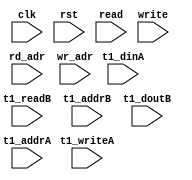
module ip_top_sva_2_nror1w_dup_ramwrap
  #(
parameter WIDTH = 8,
parameter NUMRDPT = 4,
parameter NUMADDR = 8192,
parameter BITADDR = 13,
parameter NUMVROW = 1024,
parameter BITVROW = 10,
parameter NUMVBNK = 8,
parameter BITVBNK = 3)
(
  input clk,
  input rst,
  input [NUMRDPT-1:0] read,
  input [NUMRDPT*BITADDR-1:0] rd_adr,
  input write,
  input [BITADDR-1:0]  wr_adr,
  input [NUMRDPT*NUMVBNK-1:0] t1_readB,
  input [NUMRDPT*NUMVBNK*BITVROW-1:0] t1_addrB,
  input [NUMRDPT*NUMVBNK*WIDTH-1:0]    t1_doutB,
  input [NUMRDPT*NUMVBNK-1:0] t1_writeA,
  input [NUMRDPT*NUMVBNK*BITVROW-1:0] t1_addrA,
  input [NUMRDPT*NUMVBNK*WIDTH-1:0] t1_dinA
);
`ifdef FORMAL
//synopsys translate_off

assert_rd_wr_check: assume property (@(posedge clk) disable iff (rst) !(write && |read));
//assert_wr_range_check: assume property (@(posedge clk) disable iff (!ready) write |-> (wr_adr < NUMADDR));
genvar rd_int;
generate for (rd_int=0; rd_int<NUMRDPT; rd_int=rd_int+1) begin: rd_loop
  wire read_wire = read >> rd_int;
  wire [BITADDR-1:0] rd_adr_wire = rd_adr >> (rd_int*BITADDR);

//  assert_rd_range_check: assume property (@(posedge clk) disable iff (!ready) read_wire |-> (rd_adr_wire < NUMADDR));
end
endgenerate

genvar t1_vbnk_int, t1_prpt_int;
generate for (t1_vbnk_int=0; t1_vbnk_int<NUMVBNK; t1_vbnk_int=t1_vbnk_int+1) begin: t1_vbnk_loop
  for (t1_prpt_int=0; t1_prpt_int<NUMRDPT; t1_prpt_int=t1_prpt_int+1) begin: t1_prpt_loop
    wire t1_readB_wire = t1_readB >> (NUMRDPT*t1_vbnk_int+t1_prpt_int);
    wire t1_writeA_wire = t1_writeA >> (NUMRDPT*t1_vbnk_int+t1_prpt_int);
    wire [BITVROW-1:0] t1_addrA_wire = t1_addrA >> ((NUMRDPT*t1_vbnk_int+t1_prpt_int)*BITVROW);
    wire [WIDTH-1:0] t1_dinA_wire = t1_dinA >> ((NUMRDPT*t1_vbnk_int+t1_prpt_int)*WIDTH);
    wire [BITVROW-1:0] t1_addrB_wire = t1_addrB >> ((NUMRDPT*t1_vbnk_int+t1_prpt_int)*BITVROW);
    wire [WIDTH-1:0] t1_doutB_wire = t1_doutB >> ((NUMRDPT*t1_vbnk_int+t1_prpt_int)*WIDTH);

    wire t1_writeA_0_wire = t1_writeA >> (NUMRDPT*t1_vbnk_int);
    wire [BITVROW-1:0] t1_addrA_0_wire = t1_addrA >> (NUMRDPT*t1_vbnk_int*BITVROW);
    wire [WIDTH-1:0] t1_dinA_0_wire = t1_dinA >> (NUMRDPT*t1_vbnk_int*WIDTH);

    assert_t1_1port_check: assert property (@(posedge clk) disable iff (rst) !(t1_readB_wire && t1_writeA_wire));
//    assert_t1_rw_range_check: assert property (@(posedge clk) disable iff (rst) (t1_readA_wire || t1_writeA_wire) |-> (t1_addrA_wire < NUMVROW));
    assert_t1_wr_range_check: assert property (@(posedge clk) disable iff (rst) t1_writeA_wire |-> (t1_addrA_wire < NUMVROW));
  end
end
endgenerate
//synopsys translate_on
`endif
endmodule


module ip_top_sva_nror1w_dup_ramwrap
  #(
parameter WIDTH = 32,
parameter BITWDTH = 5,
parameter ENAPAR = 0,
parameter ENAECC = 0,
parameter NUMRDPT = 2,
parameter NUMADDR = 8192,
parameter BITADDR = 13,
parameter NUMVBNK = 8,
parameter BITVBNK = 3,
parameter NUMVROW = 8,
parameter BITVROW = 3,
parameter BITPADR = 13,
parameter SRAM_DELAY = 2,
parameter FLOPIN = 0,
parameter FLOPWTH = 0,
parameter FLOPOUT = 0)
(
  input clk,
  input rst,
  input [NUMRDPT*NUMVBNK-1:0] t1_readB,
  input [NUMRDPT*NUMVBNK*BITVROW-1:0] t1_addrB,
  input [NUMRDPT*NUMVBNK*WIDTH-1:0]    t1_doutB,
  input [NUMRDPT*NUMVBNK-1:0] t1_writeA,
  input [NUMRDPT*NUMVBNK*BITVROW-1:0] t1_addrA,
  input [NUMRDPT*NUMVBNK*WIDTH-1:0] t1_dinA,
  input [NUMRDPT*NUMVBNK*WIDTH-1:0] t1_bwA,
  input write,
  input [BITADDR-1:0]  wr_adr,
  input [WIDTH-1:0] din,
  input [WIDTH-1:0] bw,
  input [NUMRDPT*BITADDR-1:0] rd_adr,
  input [NUMRDPT-1:0] read,
  input [NUMRDPT-1:0] rd_vld,
  input [NUMRDPT*WIDTH-1:0] rd_dout,
  input [FLOPWTH-1:0] flopout_en,
  input [BITADDR-1:0] select_addr,
  input [BITWDTH-1:0] select_bit
);
  parameter LBITVBK = BITVBNK>0 ? BITVBNK : 1;
`ifdef FORMAL
//synopsys translate_off

wire [LBITVBK-1:0] select_bank;
wire [BITVROW-1:0] select_vrow;
np2_addr_ramwrap #(
  .NUMADDR (NUMADDR), .BITADDR (BITADDR),
  .NUMVBNK (NUMVBNK), .BITVBNK (BITVBNK),
  .NUMVROW (NUMVROW), .BITVROW (BITVROW))
  sel_adr (.vbadr(select_bank), .vradr(select_vrow), .vaddr(select_addr));

reg t1_readB_wire [0:NUMRDPT-1][0:NUMVBNK-1];
reg [BITVROW-1:0] t1_addrB_wire [0:NUMRDPT-1][0:NUMVBNK-1];
reg [WIDTH-1:0] t1_doutB_wire [0:NUMVBNK-1];
reg t1_writeA_wire [0:NUMVBNK-1];
reg [BITVROW-1:0] t1_addrA_wire [0:NUMRDPT-1][0:NUMVBNK-1];
reg [WIDTH-1:0] t1_dinA_wire [0:NUMVBNK-1];
reg [WIDTH-1:0] t1_bwA_wire [0:NUMVBNK-1];
integer t1_prpt_int, t1_vbnk_int;
always_comb
  for (t1_vbnk_int=0; t1_vbnk_int<NUMVBNK; t1_vbnk_int=t1_vbnk_int+1) begin
    for (t1_prpt_int=0; t1_prpt_int<NUMRDPT; t1_prpt_int=t1_prpt_int+1) begin
      t1_readB_wire[t1_prpt_int][t1_vbnk_int] = t1_readB >> (NUMRDPT*t1_vbnk_int+t1_prpt_int);
      t1_addrB_wire[t1_prpt_int][t1_vbnk_int] = t1_addrB >> ((NUMRDPT*t1_vbnk_int+t1_prpt_int)*BITVROW);
      t1_addrA_wire[t1_prpt_int][t1_vbnk_int] = t1_addrA >> ((NUMRDPT*t1_vbnk_int+t1_prpt_int)*BITVROW);
    end
    t1_writeA_wire[t1_vbnk_int] = t1_writeA >> (NUMRDPT*t1_vbnk_int);
    t1_dinA_wire[t1_vbnk_int] = t1_dinA >> (NUMRDPT*t1_vbnk_int*WIDTH);
    t1_bwA_wire[t1_vbnk_int] = t1_bwA >> (NUMRDPT*t1_vbnk_int*WIDTH);
  end

reg read_wire [0:NUMRDPT-1];
reg [BITADDR-1:0] rd_adr_wire [0:NUMRDPT-1];
reg [BITVBNK-1:0] rd_bnk_wire [0:NUMRDPT-1];
reg [BITVBNK-1:0] rd_row_wire [0:NUMRDPT-1];
reg rd_vld_wire [0:NUMRDPT-1];
reg [WIDTH-1:0] rd_dout_wire [0:NUMRDPT-1];
integer rd_int;
always_comb
  for (rd_int=0; rd_int<NUMRDPT; rd_int=rd_int+1) begin
    read_wire[rd_int] = read >> rd_int;
    rd_adr_wire[rd_int] = rd_adr >> (rd_int*BITADDR);
    rd_bnk_wire[rd_int] = rd_adr >> ((rd_int*BITADDR)+BITVROW);
    rd_row_wire[rd_int] = rd_adr >> (rd_int*BITADDR);
    rd_vld_wire[rd_int] = rd_vld >> rd_int;
    rd_dout_wire[rd_int] = rd_dout >> (rd_int*WIDTH);
  end

reg meminv;
reg mem;
always @(posedge clk)
  if (rst)
    meminv <= 1'b1;
  else if (t1_writeA_wire[select_bank] && t1_bwA_wire[select_bank][select_bit] && (t1_addrA_wire[0][select_bank] == select_vrow)) begin
    meminv <= 1'b0;
    mem <= t1_dinA_wire[select_bank][select_bit];
  end
      
genvar memr_int, memb_int;
generate for (memr_int=0; memr_int<NUMRDPT; memr_int=memr_int+1) begin: memr_loop
  if(SRAM_DELAY>0) begin : d_loop
  assert_pdout_check: assert property (@(posedge clk) disable iff (rst)
				       (t1_readB_wire[memr_int][select_bank] && (t1_addrB_wire[memr_int][select_bank] == select_vrow)) |-> ##SRAM_DELAY
                                       ($past(meminv,SRAM_DELAY) || 
                                        (t1_doutB[(select_bank*NUMRDPT+memr_int)*WIDTH+select_bit] == $past(mem,SRAM_DELAY))));
  end else begin : nd_loop
  assert_pdout_check: assert property (@(posedge clk) disable iff (rst)
				       (t1_readB_wire[memr_int][select_bank] && (t1_addrB_wire[memr_int][select_bank] == select_vrow)) |-> ##SRAM_DELAY
                                       (meminv || 
                                        (t1_doutB[(select_bank*NUMRDPT+memr_int)*WIDTH+select_bit] == mem)));
  end
end
endgenerate

reg fakememinv;
reg fakemem;
always @(posedge clk)
  if (rst) 
    fakememinv <= 1'b1;
  else if (write && bw[select_bit] && (wr_adr == select_addr)) begin
    fakememinv <= 1'b0;
    fakemem <= din[select_bit];
  end

generate if (FLOPIN) begin: fake_flp_loop
  assert_fakemem_check: assert property (@(posedge clk) disable iff (rst) 1'b1 |-> ##1
                                         ($past(fakememinv) || ($past(fakemem) == mem)));
end else begin: fake_noflp_loop
  assert_fakemem_check: assert property (@(posedge clk) disable iff (rst)
                                         (fakememinv || (fakemem == mem)));
end
endgenerate

genvar doutr_int;
generate for (doutr_int=0; doutr_int<NUMRDPT; doutr_int=doutr_int+1) begin: doutr_loop
  if(FLOPIN+SRAM_DELAY+FLOPOUT>0) begin : dly_loop
  assert_dout_check: assert property (@(posedge clk) disable iff (rst) (read_wire[doutr_int] && (rd_adr_wire[doutr_int] == select_addr)) |-> ##(FLOPIN+SRAM_DELAY+FLOPOUT)
                                      ($past(fakememinv,FLOPIN+SRAM_DELAY+FLOPOUT) || (rd_vld_wire[doutr_int] && 
                                                                  (rd_dout_wire[doutr_int][select_bit] == $past(fakemem,FLOPIN+SRAM_DELAY+FLOPOUT)))));
  end else begin : ndly_loop
  assert_dout_check: assert property (@(posedge clk) disable iff (rst) (read_wire[doutr_int] && (rd_adr_wire[doutr_int] == select_addr)) |-> ##(FLOPIN+SRAM_DELAY+FLOPOUT)
                                      (fakememinv || (rd_vld_wire[doutr_int] &&
                                                                  (rd_dout_wire[doutr_int][select_bit] == fakemem))));
  end

end
endgenerate
//synopsys translate_on
`endif
endmodule